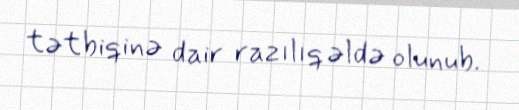
tətbiqinə dair razılıq əldə olunub.